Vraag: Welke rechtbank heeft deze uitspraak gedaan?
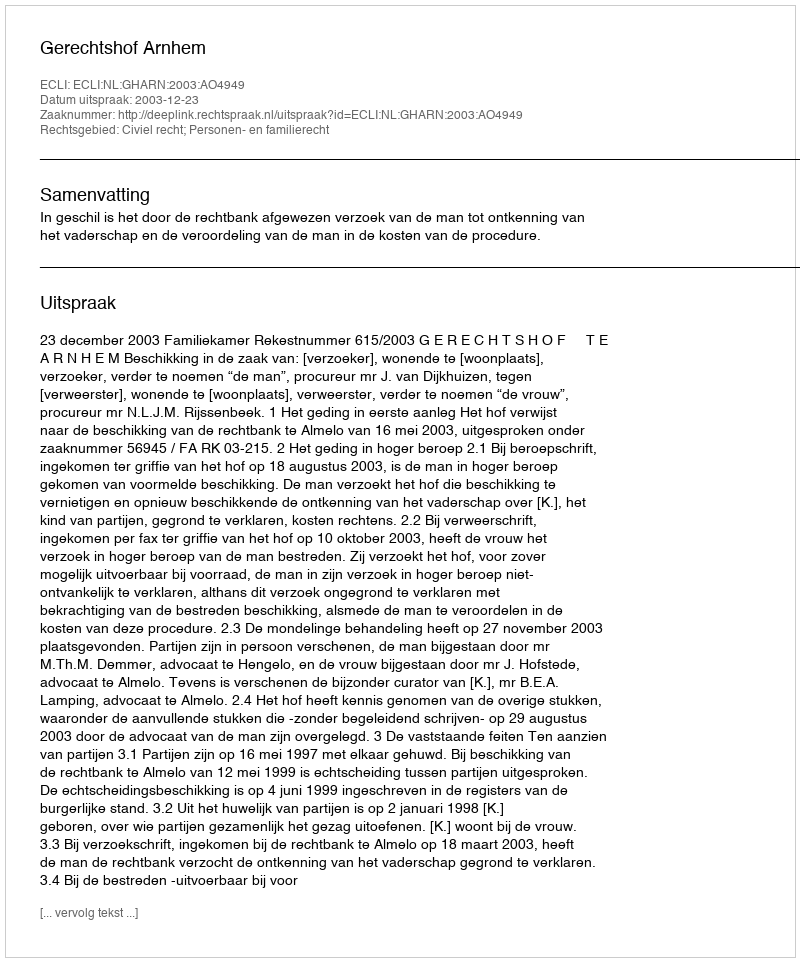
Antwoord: Gerechtshof Arnhem